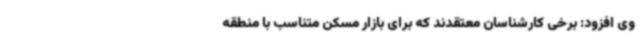
وی افزود: برخی کارشناسان معتقدند که برای بازار مسکن متناسب با منطقه